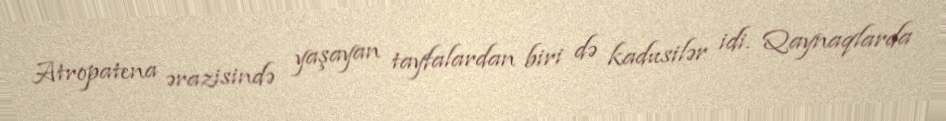
Atropatena ərazisində yaşayan tayfalardan biri də kadusilər idi. Qaynaqlarda